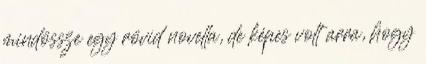
mindössze egy rövid novella, de képes volt arra, hogy